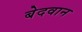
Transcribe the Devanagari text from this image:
बेदवान